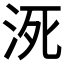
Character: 𰛠